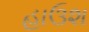
હાઉશ